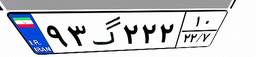
۹۳گ۲۲۲۱۰